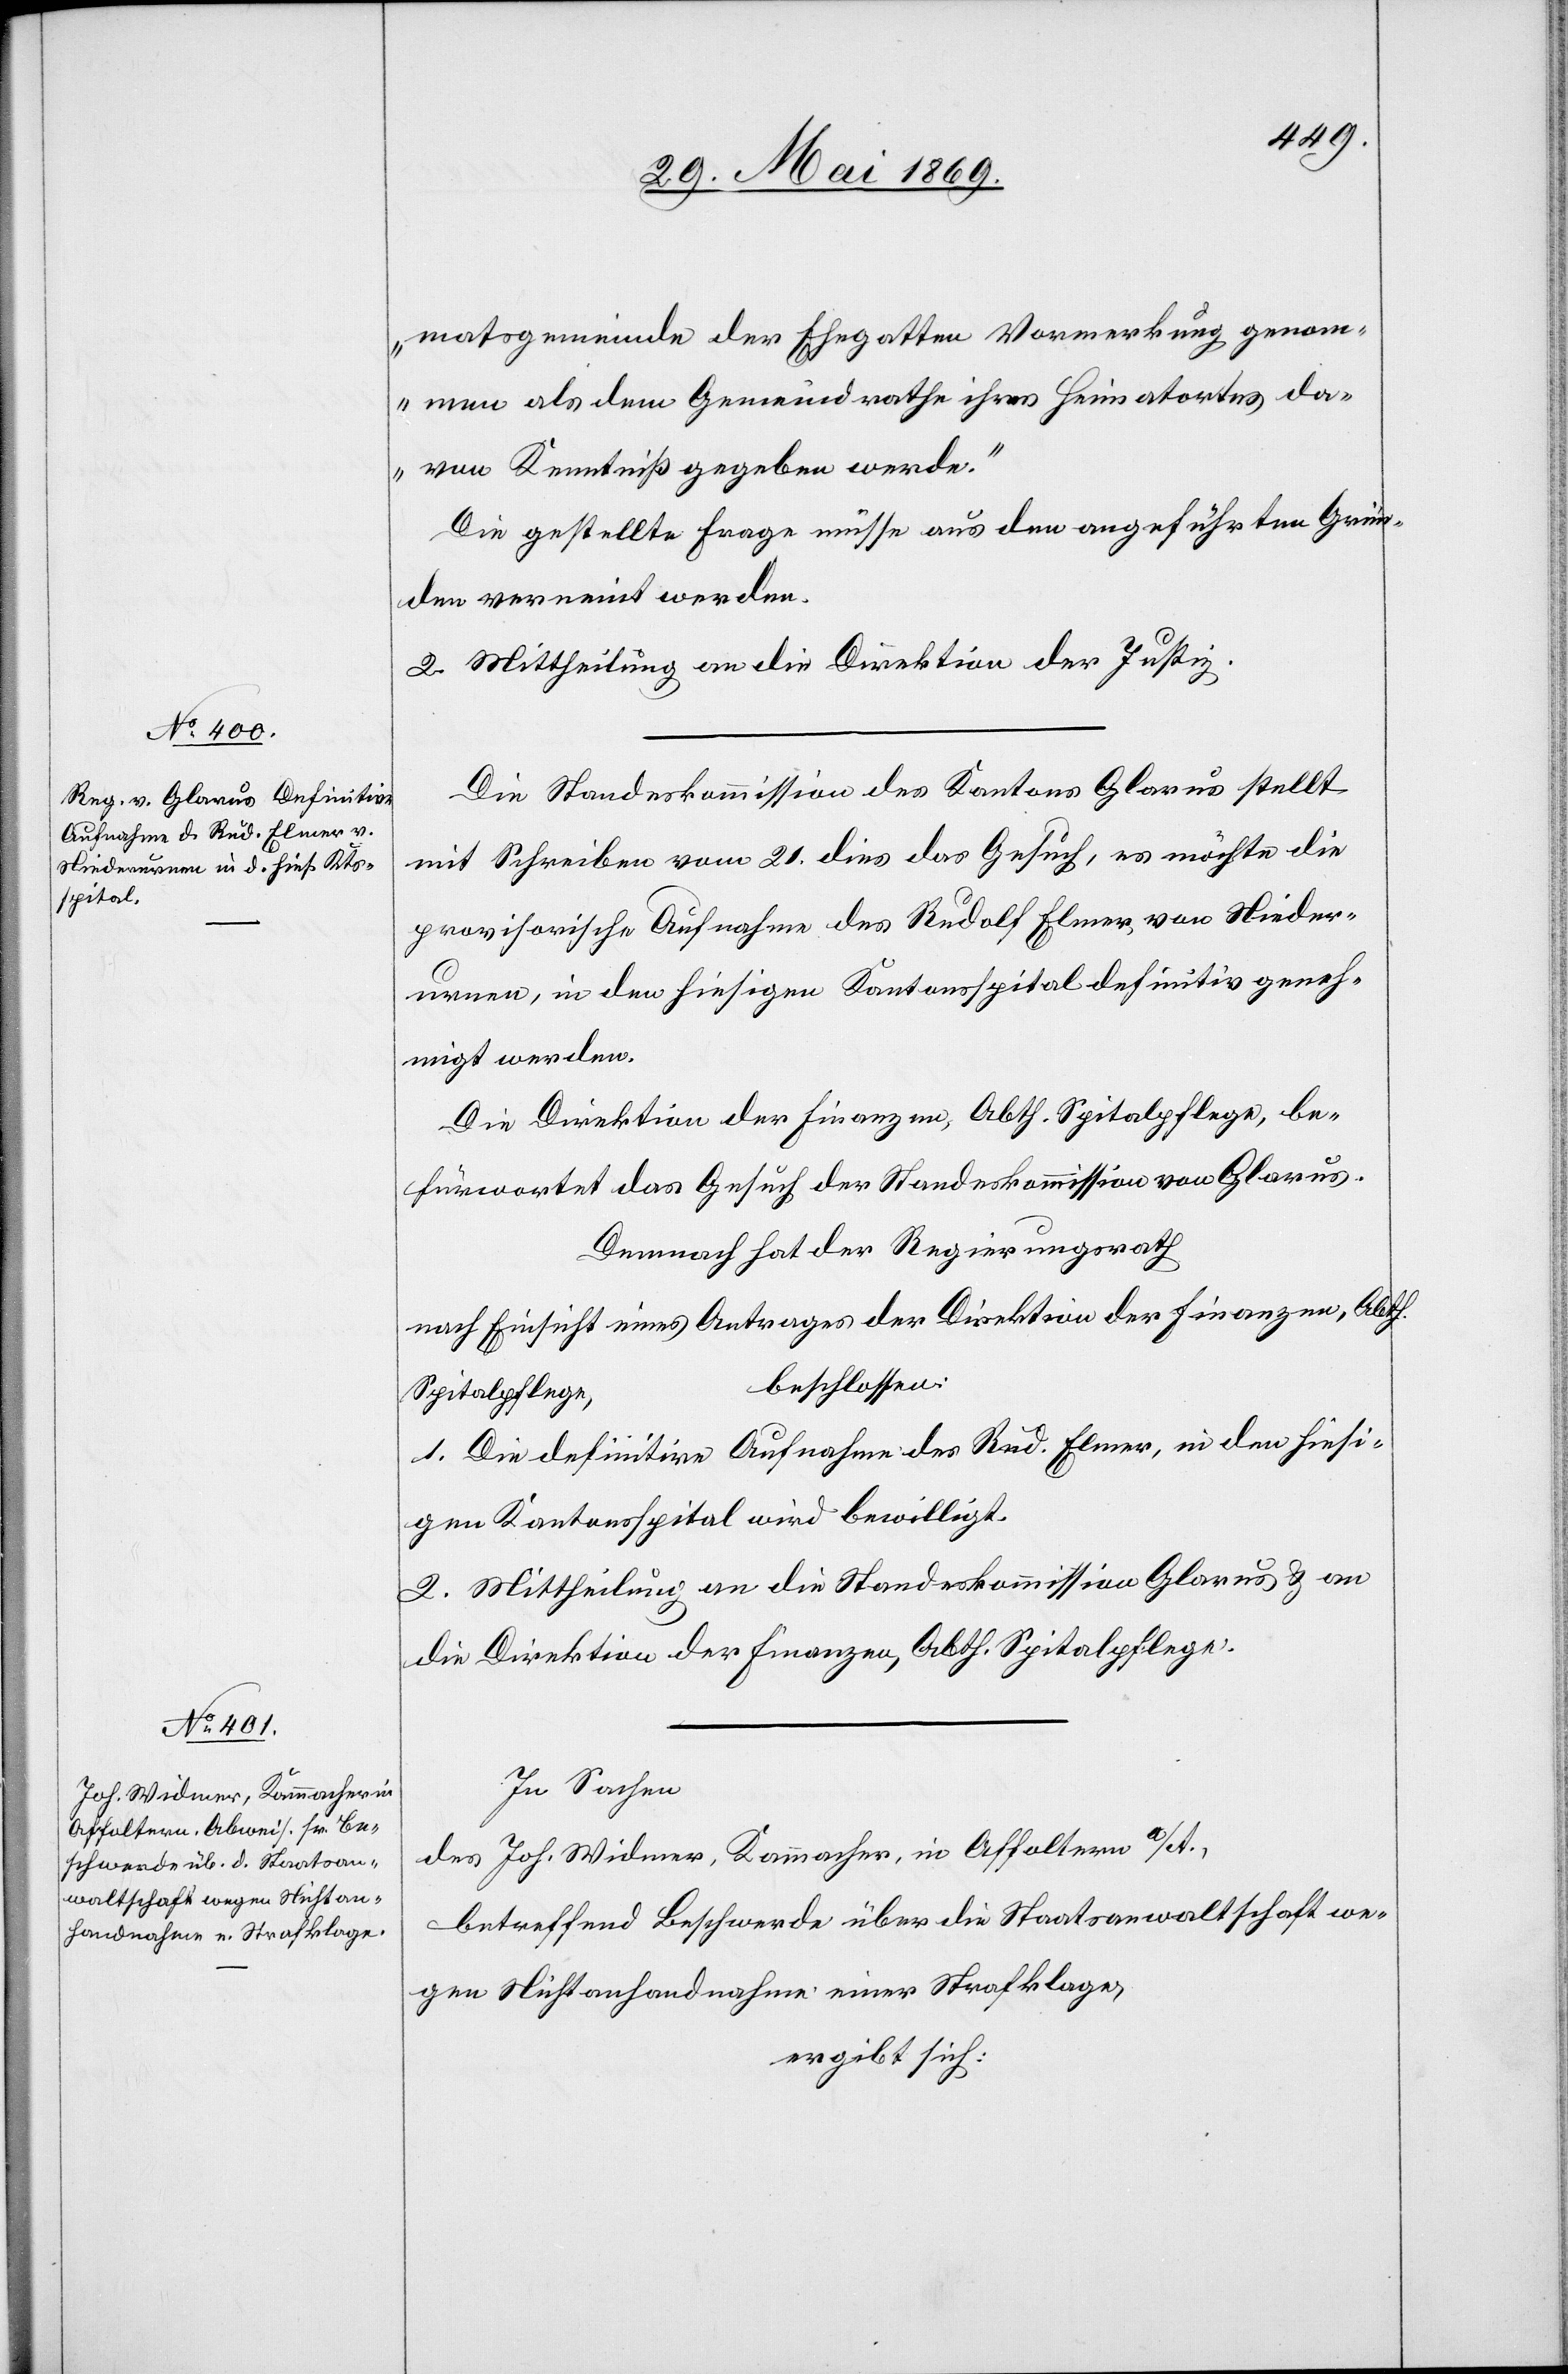
matsgemeinde der Ehegatten Vormerkung genom¬
men als dem Gemeindrathe ihres Heimatortes da¬
von Kenntniß gegeben werde.“
Die gestellte Frage müsse aus den angeführten Grün¬
den verneint werden.
2. Mittheilung an die Direktion der Justiz.
Die Standeskommission des Kantons Glarus stellt
mit Schreiben vom 21 dies das Gesuch, es möchte die
provisorische Aufnahme des Rudolf Elmer von Nieder¬
urnen, in den hiesigen Kantonsspital definitiv geneh¬
migt werden.
Die Direktion der Finanzen, Abth. Spitalpflege, be¬
fürwortet das Gesuch der Standeskommission von Glarus.
Demnach hat der Regierungsrath,
nach Einsicht eines Antrages der Direktion der Finanzen, Abth.
beschlossen:
Spitalpflege,
1. Die definitive Aufnahme des Rud. Elmer, in den hiesi¬
gen Kantonsspital wird bewilligt.
2. Mittheilung an die Standeskommission Glarus u. an
die Direktion der Finanzen, Abth. Spitalpflege.
In Sachen
des Joh. Widmer, Kammacher, in Affoltern a/A.,
betreffend Beschwerde über die Staatsanwaltschaft we¬
gen Nichtanhandnahme einer Strafklage,
ergibt sich: